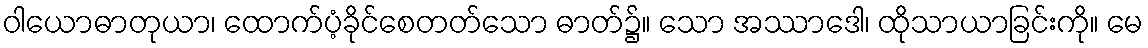
ဝါယောဓာတုယာ၊ ထောက်ပံ့ခိုင်စေတတ်သော ဓာတ်၌။ သော အဿာဒေါ၊ ထိုသာယာခြင်းကို။ မေ